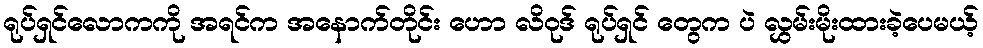
ရုပ်ရှင်လောကကို အရင်က အနောက်တိုင်း ဟော လိဝုဒ် ရုပ်ရှင် တွေက ပဲ လွှမ်းမိုးထားခဲ့ပေမယ့်